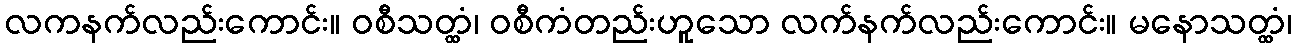
လကနက်လည်းကောင်း။ ဝစီသတ္ထံ၊ ဝစီကံတည်းဟူသော လက်နက်လည်းကောင်း။ မနောသတ္ထံ၊